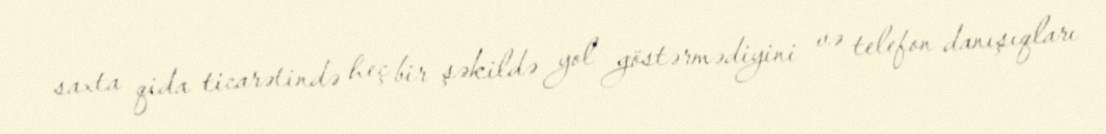
saxta qida ticarətində heç bir şəkildə yol göstərmədiyini və telefon danışıqları